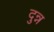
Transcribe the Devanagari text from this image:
दुन्न